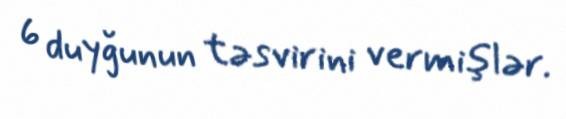
6 duyğunun təsvirini vermişlər.